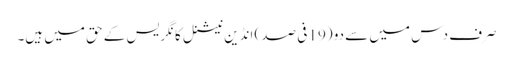
صرف دس میں سے دو (19 فی صد) انڈین نیشنل کانگریس کے حق میں ہیں۔